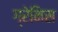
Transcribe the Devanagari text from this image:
ग्रेमिस